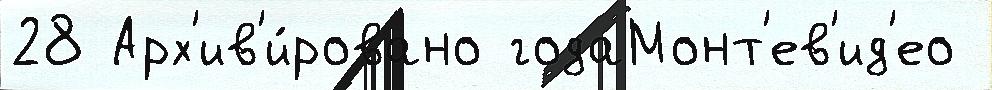
28 Арх'ив'и́ровано годаМонт'ев'ид'ео